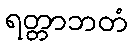
ရတ္တာဘတံ